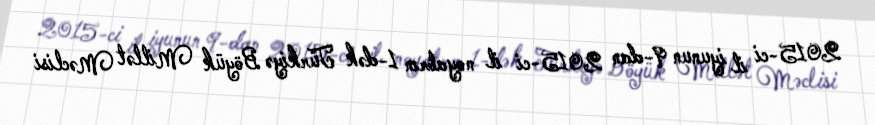
2015-ci il iyunun 9-dan 2015-ci il noyabrın 1-dək Türkiyə Böyük Millət Məclisi